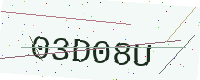
Text: 03D08U